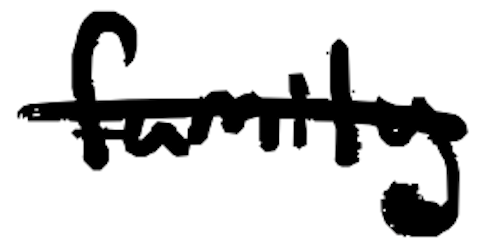
Text: family
Cross-out: single-line
Writing tool: digital_black